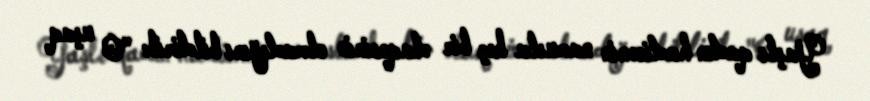
Yaşlı qadın hadisənin namusla heç bir əlaqəsinin olmadığını bildirib: "O uşaq